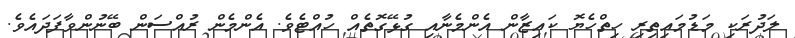
ލަދުރަކި މަޑުމައިތިރި ހިތްހެޔޮ ކައިޒާން އެންމެނާއި ގުޅޭގޮތެއް ހުއްޓެވެ. އެންމެން ރުއްސަން ބޭނުންވާފަދައެވެ.